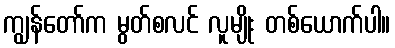
ကျွန်တော်က မွတ်စလင် လူမျိုး တစ်ယောက်ပါ။